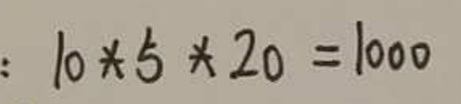
\[
: 10 * 5 * 20 = 1000
\]